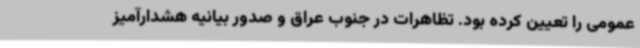
عمومی را تعیین کرده بود. تظاهرات در جنوب عراق و صدور بیانیه هشدارآمیز